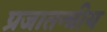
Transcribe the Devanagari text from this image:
प्रजातन्त्रीय